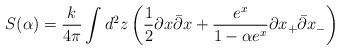
LaTeX: \begin{align*}S(\alpha ) = \frac{k}{4\pi}\int d^2 z\left( \frac{1}{2} \partial x\bar{\partial} x + \frac{e^x}{1-\alpha e^x } \partial x_+\bar{\partial} x_- \right)\end{align*}